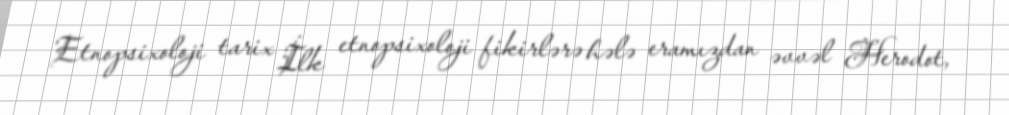
Etnopsixoloji tarix İlk etnopsixoloji fikirlərə hələ eramızdan əvvəl Herodot,